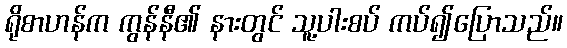
ရိုစာဟန်က ကွန်နီ၏ နားတွင် သူ့ပါးစပ် ကပ်၍ပြောသည်။